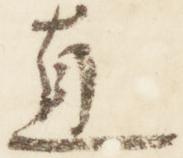
直